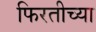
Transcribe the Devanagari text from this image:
फिरतीच्या